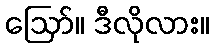
ဪ။ ဒီလိုလား။